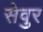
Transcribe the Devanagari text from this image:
सेवुर